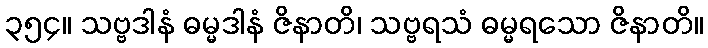
၃၅၄။ သဗ္ဗဒါနံ ဓမ္မဒါနံ ဇိနာတိ၊ သဗ္ဗရသံ ဓမ္မရသော ဇိနာတိ။